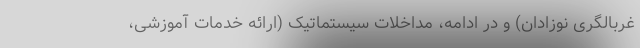
غربالگری نوزادان) و در ادامه، مداخلات سیستماتیک (ارائه خدمات آموزشی،